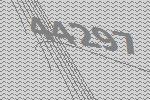
44297